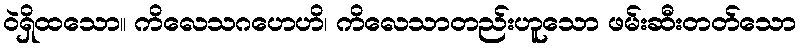
ဝဲရှိထသော။ ကိလေသဂဟေဟိ၊ ကိလေသာတည်းဟူသော ဖမ်းဆီးတတ်သော